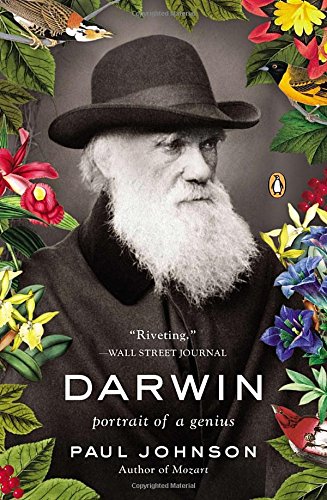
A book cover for Darwin: Portrait of a Genius; Paul Johnson; Science & Math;